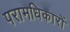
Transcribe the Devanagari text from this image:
परामधिकारों